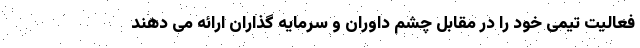
فعالیت تیمی خود را در مقابل چشم داوران و سرمایه گذاران ارائه می دهند